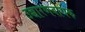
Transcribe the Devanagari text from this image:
उच्चारणबोधक